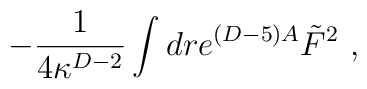
-{1\over 4 \kappa^{D-2}}\int dr e^{(D-5)A}\tilde F^2\ ,